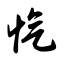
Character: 忾